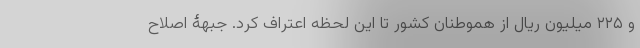
و ۲۲۵ میلیون ریال از هموطنان کشور تا این لحظه اعتراف کرد. جبهۀ اصلاح